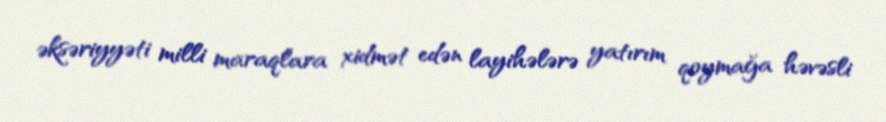
əksəriyyəti milli maraqlara xidmət edən layihələrə yatırım qoymağa həvəsli